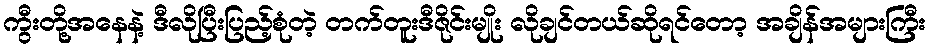
ကွီးတို့အနေနဲ့ ဒီလိုပြီးပြည့်စုံတဲ့ တက်တူးဒီဇိုင်းမျိုး လိုချင်တယ်ဆိုရင်တော့ အချိန်အများကြီး